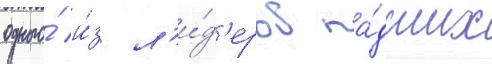
одного́ и́з л'и́д'еров па́дших